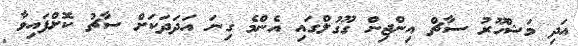
އަދި މަޝްހޫރު ސާޗް އިންޖިން ގޫގުލްގައި އެންމެ ގިނަ އަދަދަކަށް ސާޗު ކޮށްފައިވާ